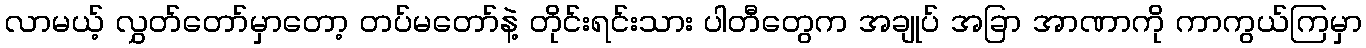
လာမယ့် လွှတ်တော်မှာတော့ တပ်မတော်နဲ့ တိုင်းရင်းသား ပါတီတွေက အချုပ် အခြာ အာဏာကို ကာကွယ်ကြမှာ